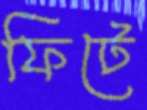
ফিটে